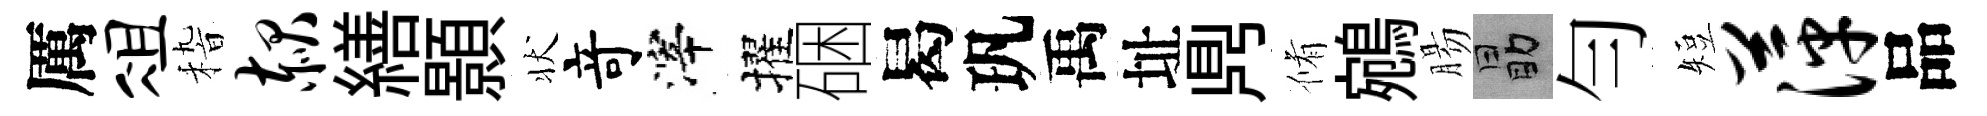
厲俎𥟵赧繕顥状竒滓擢硱曷㺬禹址𪔂脩鵷腸勗勻短萍品